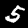
Digit: 5